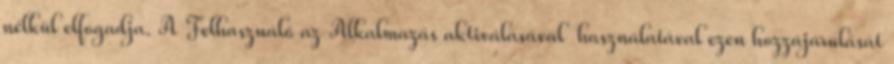
nélkül elfogadja. A Felhasználó az Alkalmazás aktiválásával használatával ezen hozzájárulását